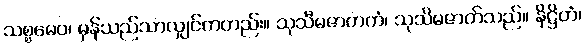
သစ္စမေဝ၊ မှန်သည်သာလျှင်ကတည်း။ သုသီမဇာတကံ၊ သုသိမဇာတ်သည်။ နိဋ္ဌိတံ၊